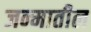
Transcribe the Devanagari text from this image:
जन्‍मातील